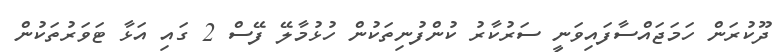
ދޫކުރަން ހަމަޖައްސާފައިވަނީ ސަރުކާރު ކުންފުނިތަކުން ހުޅުމާލޭ ފޭސް 2 ގައި އަޅާ ޓަވަރުތަކުން